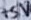
Text: +5V